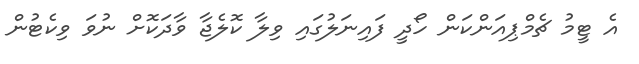
އެ ޓީމު ޗެމްޕިއަންކަން ހޯދީ ފައިނަލުގައި ވިލާ ކޮލެޖާ ވާދަކޮށް ނުވަ ވިކެޓުން